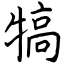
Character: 犒